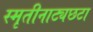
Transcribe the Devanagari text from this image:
स्मृतीनाट्यछटा